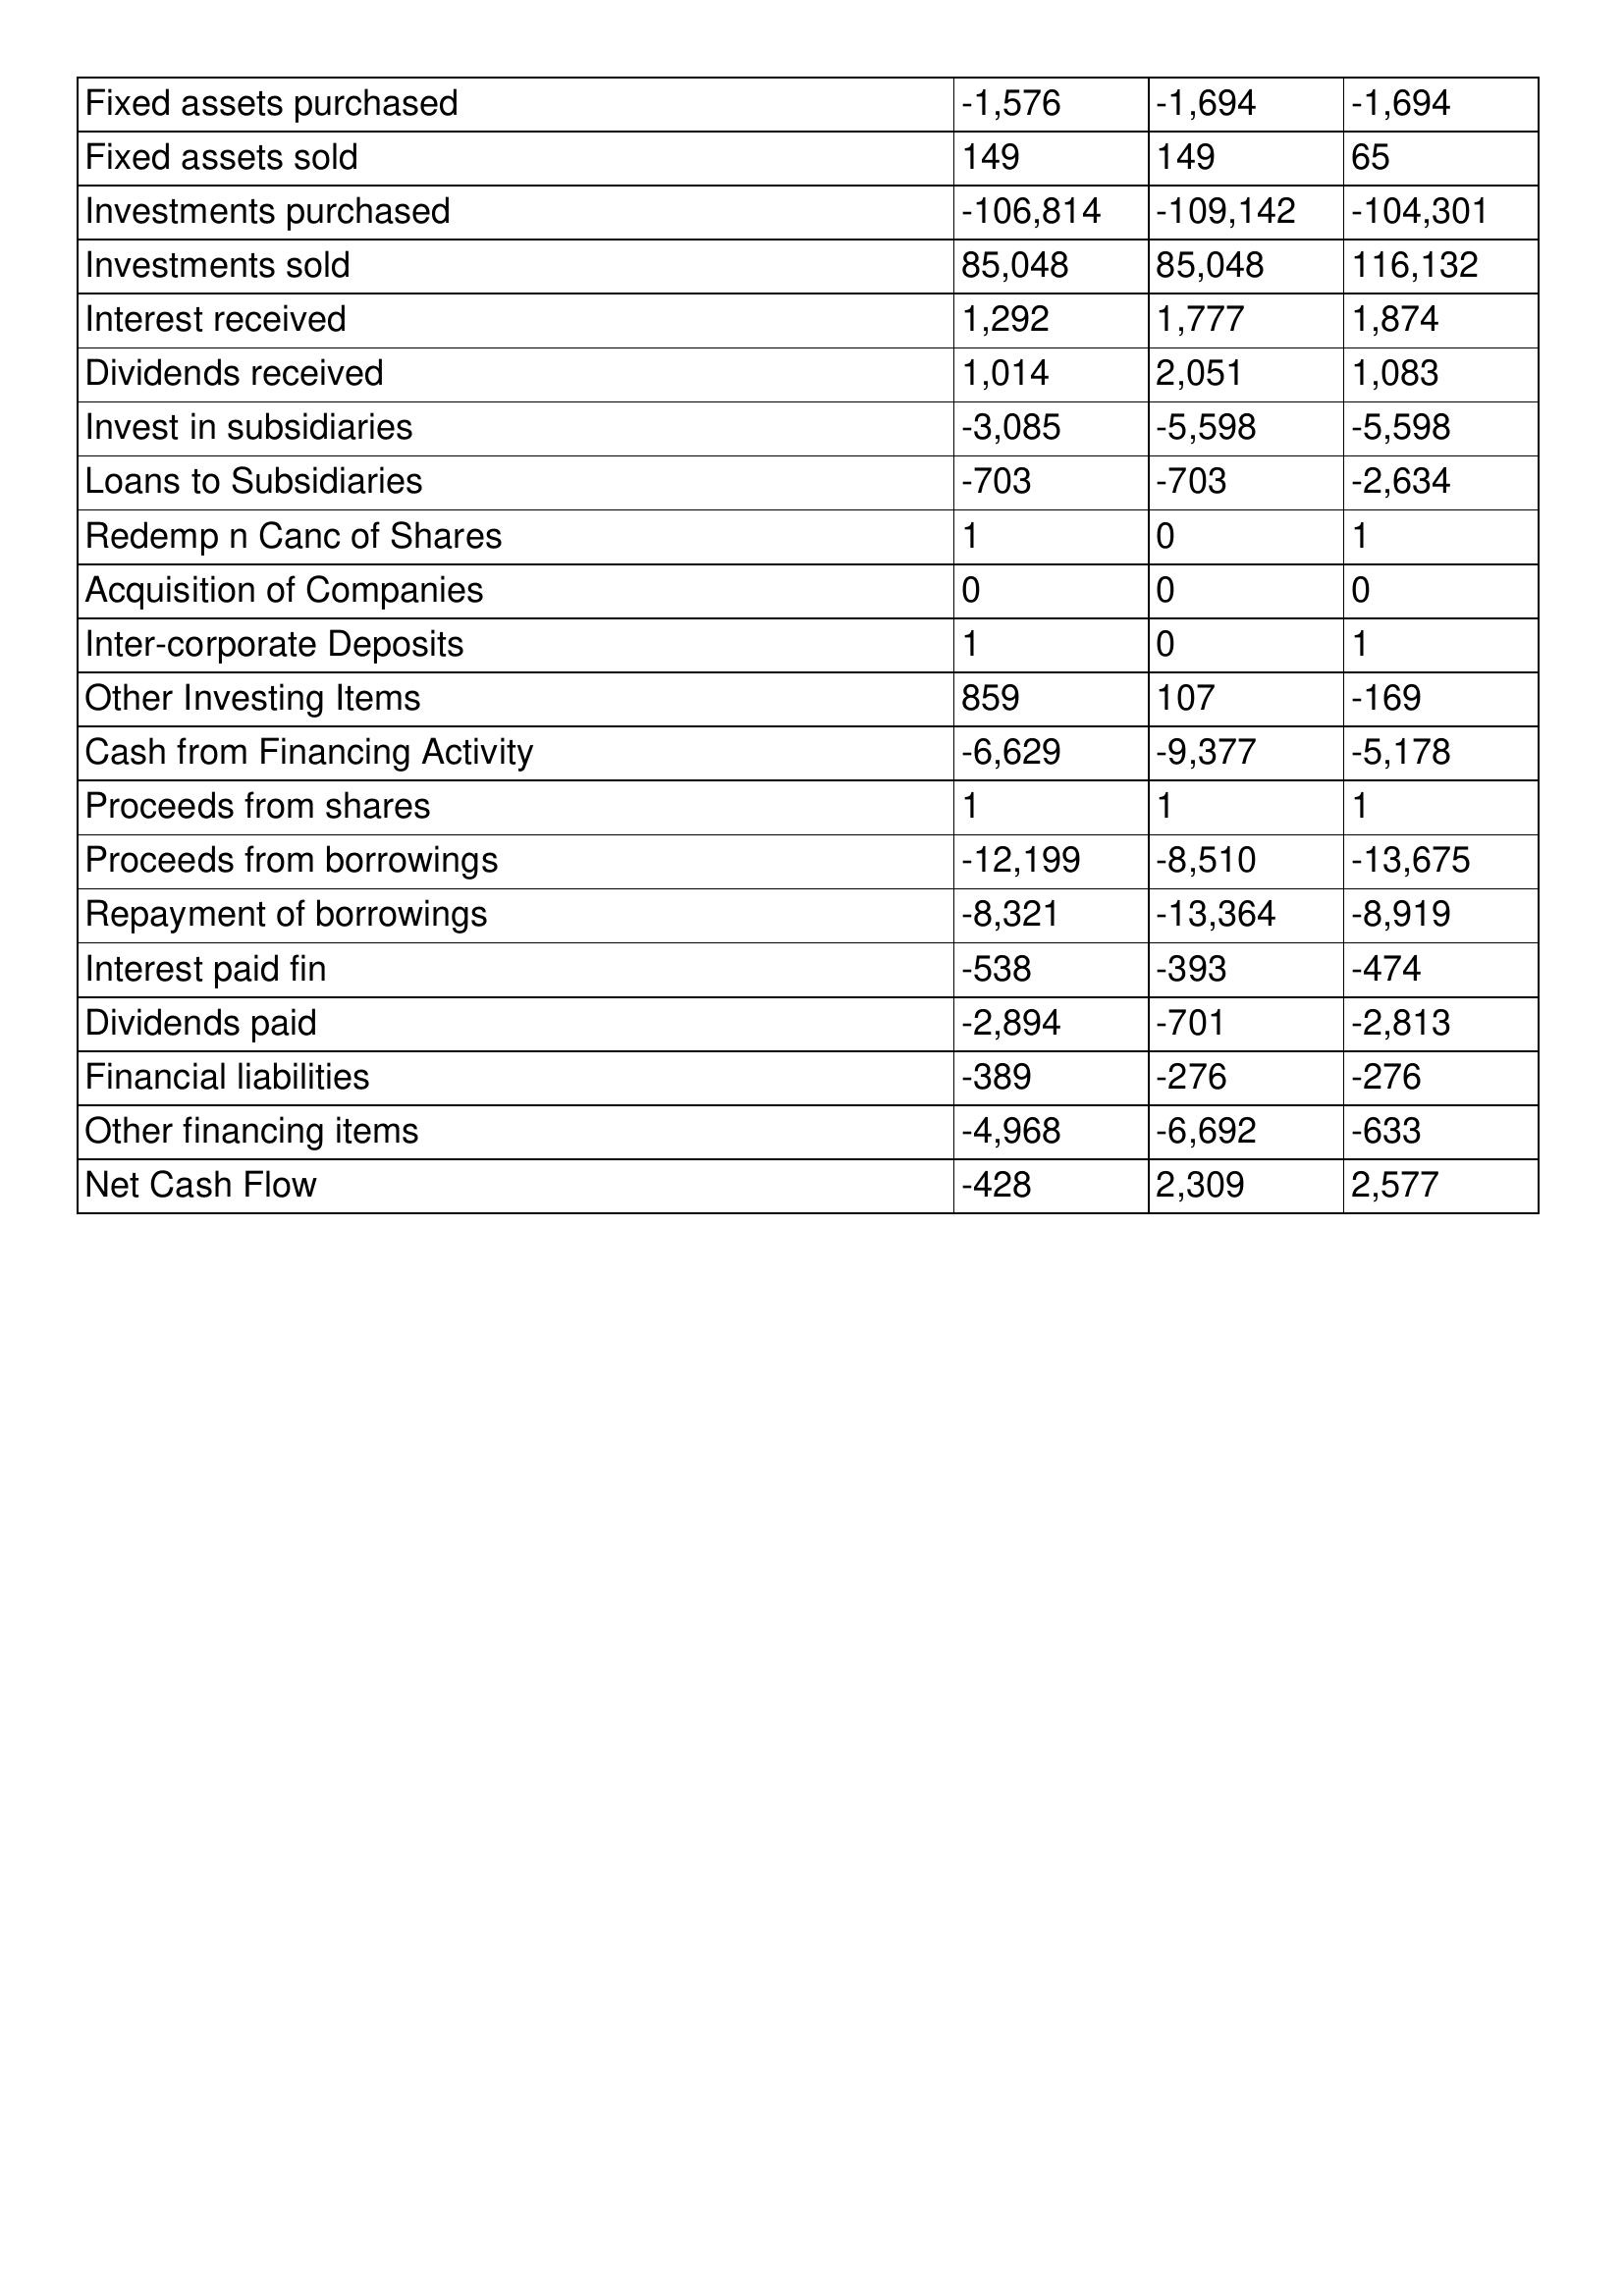
gt_parse: 2013: Cash Flows: Fixed assets purchased: -1,576
Fixed assets sold: 149
Investments purchased: -106,814
Investments sold: 85,048
Interest received: 1,292
Dividends received: 1,014
Invest in subsidiaries: -3,085
Loans to Subsidiaries: -703
Redemp n Canc of Shares: 1
Acquisition of Companies: 0
Inter-corporate Deposits: 1
Other Investing Items: 859
Cash from Financing Activity: -6,629
Proceeds from shares: 1
Proceeds from borrowings: -12,199
Repayment of borrowings: -8,321
Interest paid fin: -538
Dividends paid: -2,894
Financial liabilities: -389
Other financing items: -4,968
Net Cash Flow: -428
2012: Cash Flows: Fixed assets purchased: -1,694
Fixed assets sold: 149
Investments purchased: -109,142
Investments sold: 85,048
Interest received: 1,777
Dividends received: 2,051
Invest in subsidiaries: -5,598
Loans to Subsidiaries: -703
Redemp n Canc of Shares: 0
Acquisition of Companies: 0
Inter-corporate Deposits: 0
Other Investing Items: 107
Cash from Financing Activity: -9,377
Proceeds from shares: 1
Proceeds from borrowings: -8,510
Repayment of borrowings: -13,364
Interest paid fin: -393
Dividends paid: -701
Financial liabilities: -276
Other financing items: -6,692
Net Cash Flow: 2,309
2011: Cash Flows: Fixed assets purchased: -1,694
Fixed assets sold: 65
Investments purchased: -104,301
Investments sold: 116,132
Interest received: 1,874
Dividends received: 1,083
Invest in subsidiaries: -5,598
Loans to Subsidiaries: -2,634
Redemp n Canc of Shares: 1
Acquisition of Companies: 0
Inter-corporate Deposits: 1
Other Investing Items: -169
Cash from Financing Activity: -5,178
Proceeds from shares: 1
Proceeds from borrowings: -13,675
Repayment of borrowings: -8,919
Interest paid fin: -474
Dividends paid: -2,813
Financial liabilities: -276
Other financing items: -633
Net Cash Flow: 2,577